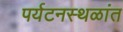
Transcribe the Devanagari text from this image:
पर्यटनस्थळांत